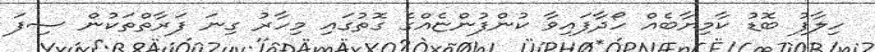
ހިލާފު ބޮޑު ކާމިޔާބެއް ހޯދާފައިވާ ކުންފުންޏެއްގެ ގޮތުގައި މިހާރު ގިނަ ފަރާތްތަކުން ސިފަ